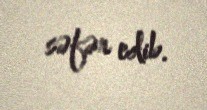
səfər edib.